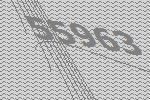
55963